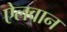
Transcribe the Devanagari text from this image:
ऐलवान